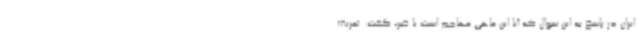
ایران در پاسخ به این سوال که آیا این ماهی مهاجم است یا خیر، گفت: تعریف